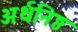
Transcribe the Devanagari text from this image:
अर्थनिष्ठ